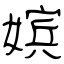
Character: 嫔